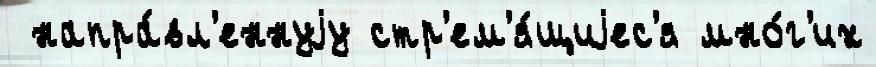
 напра́вл'еннуjу стр'ем'я́щиjес'я мно́г'их